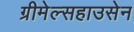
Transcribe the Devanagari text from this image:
ग्रीमेल्सहाउसेन